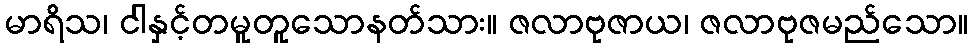
မာရိသ၊ ငါနှင့်တမူတူသောနတ်သား။ ဇလာဗုဇာယ၊ ဇလာဗုဇမည်သော။